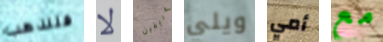
فلنذهب لا غريفين ويلي أمي مع